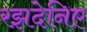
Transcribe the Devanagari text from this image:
रझदेनिए